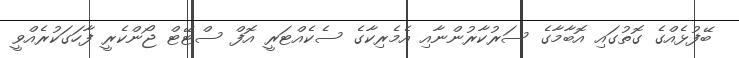
ބޭފުޅެއްގެ ގޮތުގައި އޮބާމާގެ ސަރުކާރުންނާއި އެމެރިކާގެ ސެކެއްޓަރީ އޮފް ސްޓޭޓް ޖޯންކެރީ ފާހަގަކުރެއްވީ